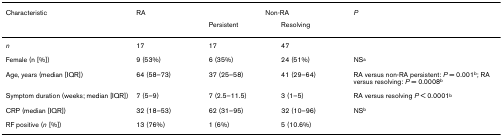
<table><thead><tr><td><b>Characteristic</b></td><td><b>RA</b></td><td colspan="2"><b>Non-RA</b></td><td><b><i>P</i></b></td></tr><tr><td></td><td></td><td><b>Persistent</b></td><td><b>Resolving</b></td><td></td></tr></thead><tbody><tr><td><i>n</i></td><td>17</td><td>17</td><td>47</td><td></td></tr><tr><td>Female (n [%])</td><td>9 (53%)</td><td>6 (35%)</td><td>24 (51%)</td><td>NS<sup>a</sup></td></tr><tr><td>Age, years (median [IQR])</td><td>64 (58–73)</td><td>37 (25–58)</td><td>41 (29–64)</td><td>RA versus non-RA persistent: <i>P </i>= 0.001<sup>b</sup>; RA versus resolving: <i>P </i>= 0.0008<sup>b</sup></td></tr><tr><td>Symptom duration (weeks; median [IQR])</td><td>7 (5–9)</td><td>7 (2.5–11.5)</td><td>3 (1–5)</td><td>RA versus resolving <i>P </i>&lt; 0.0001<sup>b</sup></td></tr><tr><td>CRP (median [IQR])</td><td>32 (18–53)</td><td>62 (31–95)</td><td>32 (10–96)</td><td>NS<sup>b</sup></td></tr><tr><td>RF positive (<i>n </i>[%])</td><td>13 (76%)</td><td>1 (6%)</td><td>5 (10.6%)</td><td></td></tr></tbody></table>